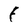
Character: F